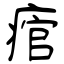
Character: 痯